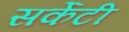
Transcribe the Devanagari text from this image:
सर्केटी